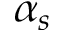
\alpha _ { s }